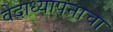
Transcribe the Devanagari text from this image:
वेदाध्यापनाचा